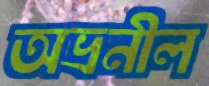
অভ্রনীল